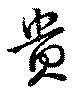
貴